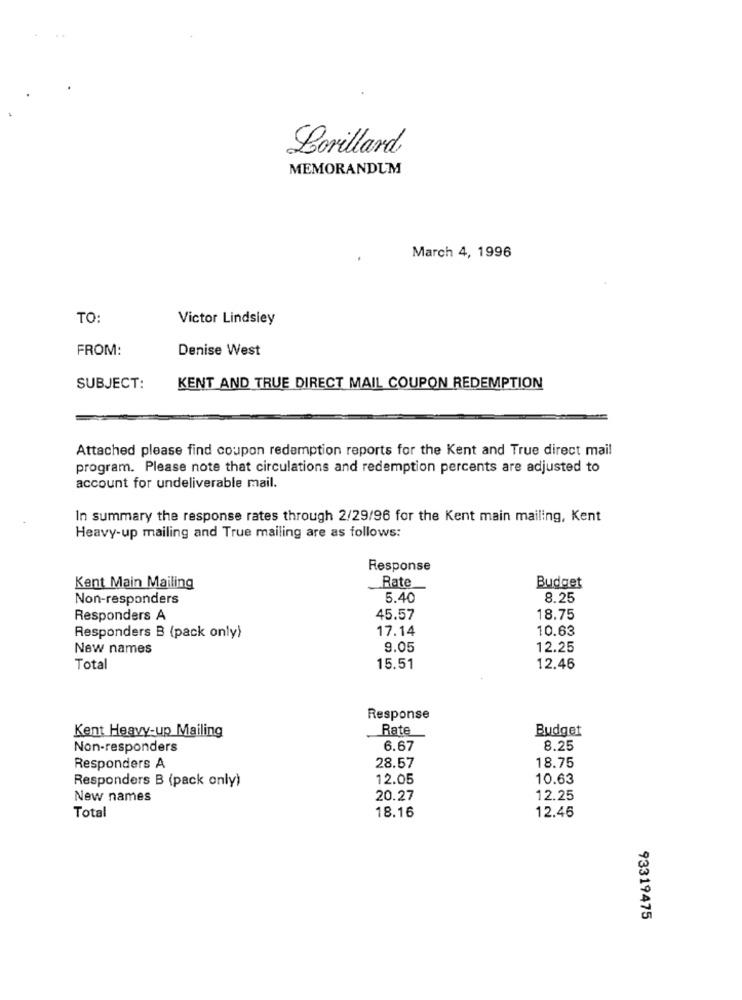
Lorillard
MEMORANDUM
March 4, 1996
TO:
Victor Lindsiey
FROM:
Denise West
SUBJECT:
KENT AND TRUE DIRECT MAIL COUPON REDEMPTION
Attached please find coupon redemption reports for the Kent and True direct mail
program. Please note that circulations and redemption percents are adjusted to
account for undeliverable mail.
In summary the response rates through 2/29/96 for the Kent main mailing, Kent
Heavy-up mailing and True mailing are as follows:
Response
Rate
Kent Main Mailing
Budget
Non-responders
5.40
8.25
Responders A
45.57
18.75
17.14
10.63
Responders B (pack only)
New names
9.05
12.25
Total
15.51
12.46
Response
Rate
Budget
Kent Heavy-up Mailing
Non-responders
6.67
8.25
28.57
18.75
Responders A
Responders B (pack only)
12.05
10.63
New names
20.27
12.25
18.16
Total
12.46
93319475